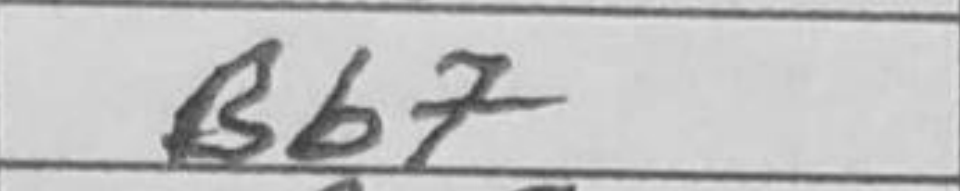
Transcription: Bb7